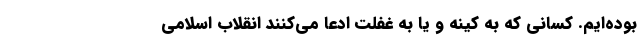
بوده‌ایم. کسانی که به کینه و یا به غفلت ادعا می‌کنند انقلاب اسلامی